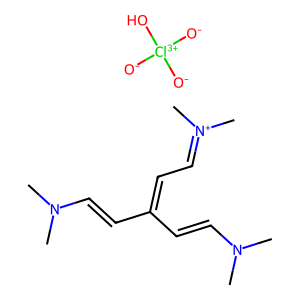
SMILES: CN(C)C=CC(C=CN(C)C)=CC=[N+](C)C.[O-][Cl+3]([O-])([O-])O
Inhibits HIV replication: No